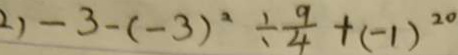
2 ) - 3 - ( - 3 ) ^ { 2 } \div \frac { 9 } { 4 } + ( - 1 ) ^ { 2 0 }